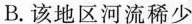
B.该地区河流稀少